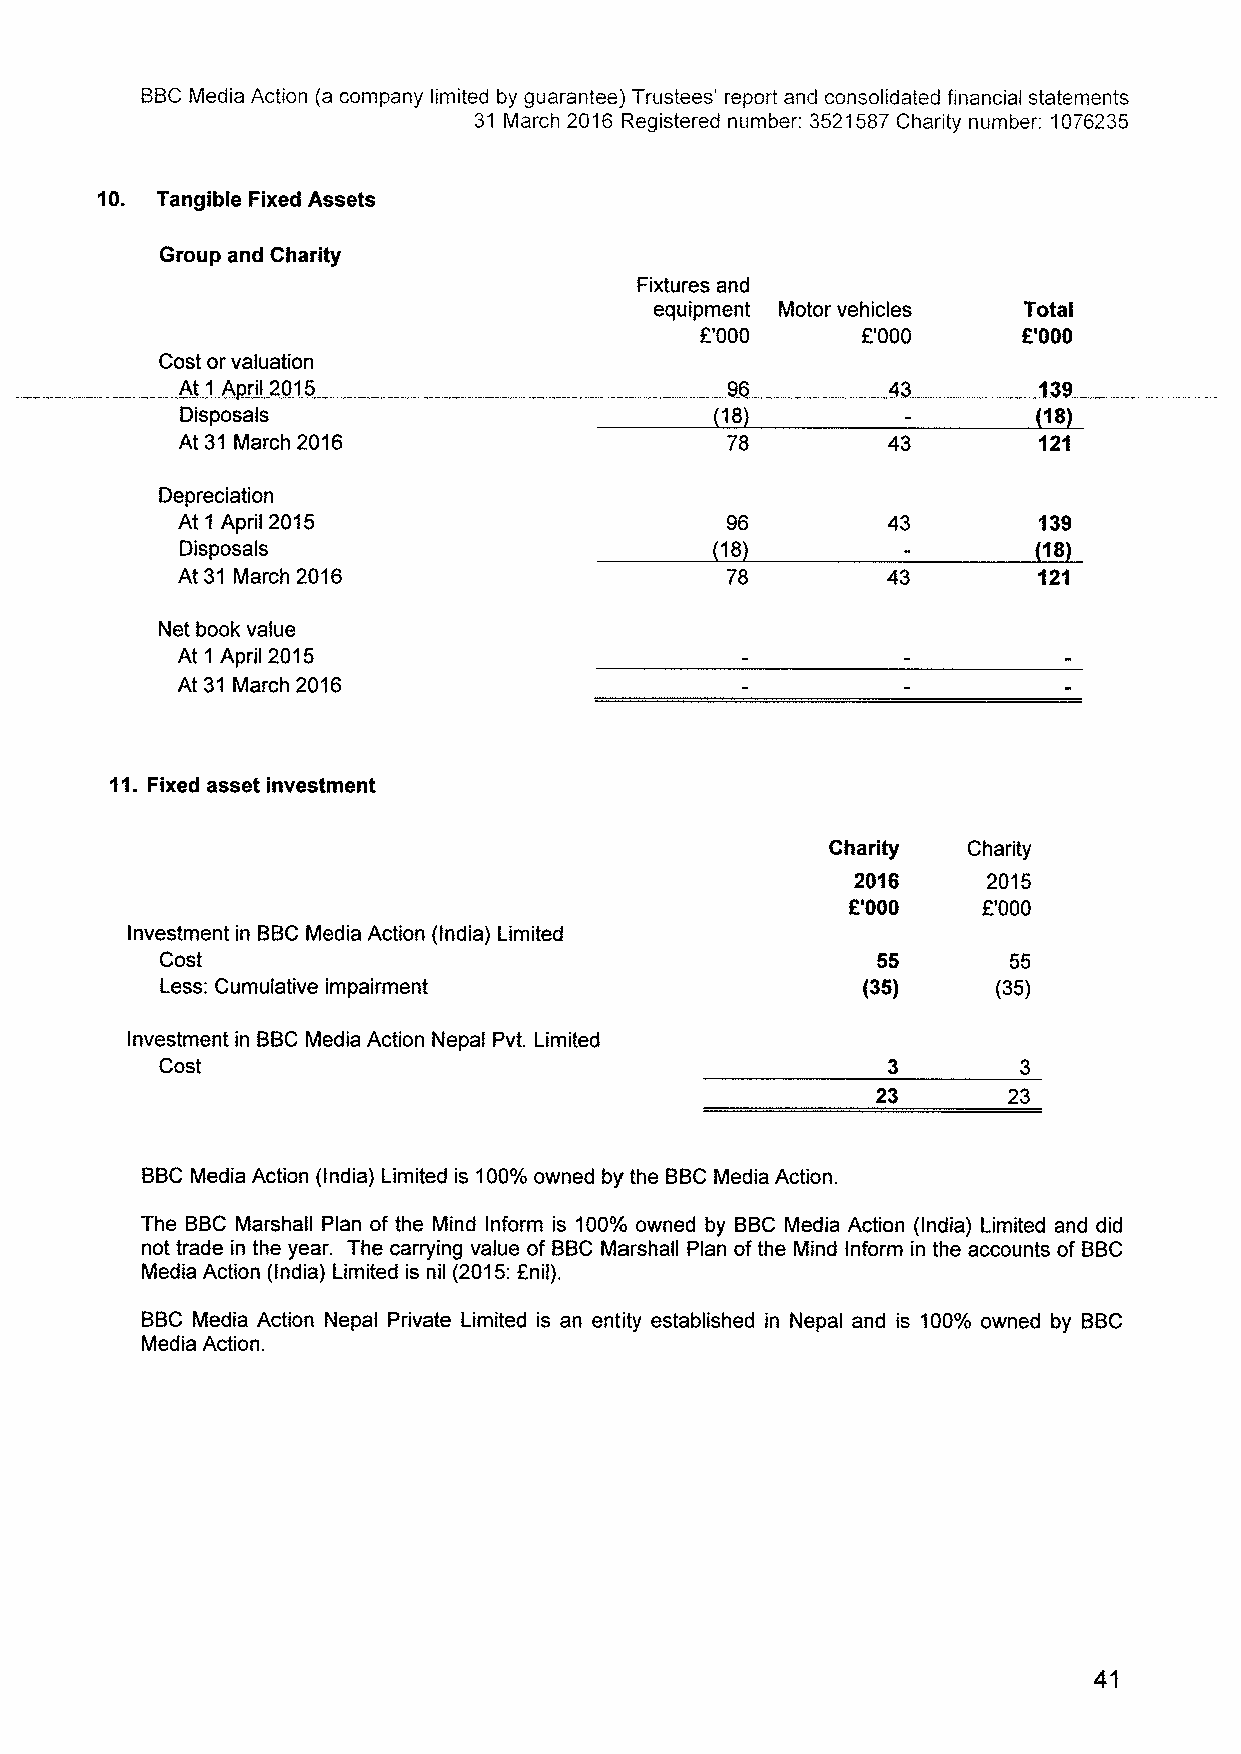
BBCMedia Action (a company limited by guarantee) Trustees' report and consolidated financial statements
 31 March 2016 Registered number: 3521587Charity number: 1076235
 10. Tangible Fixed Assets
 Group and Charity
 Fixtures and
 equipment Motor vehicles Total
 E'000      E'000      E'000
 Cost or valuation
 At1 A ril 2015                      95         43   ...  138
 Disposals                           18                   18
 At 31 March 2016                    78         43        121
 Depreciation
 At 1 April 2015                     96         43        139
 Disposals                           18                   18
 At 31 March 2016                    78         43        121
 Net book value
 At 1 April 2015
 At 31 March 2016
 11.Fixed asset investment
 Charity  Charity
 2016    2015
 R'000    E'000
 Investment in BBCMedia Action (India) Limited
 Cost                                           55       55
 Less: Cumulative impairment                   (35)     (35)
 Investment in BBCMedia Action Nepal Pvt. Limited
 Cost
 23       23
 BBCMedia Action (India) Limited is 100%owned by the BBCMedia Action.
 The BBC Marshall Plan of the Mind Inform is 100%owned by BBCMedia Action (India) Limited and did
 not trade in the year. The carrying value of BBCMarshall Plan ofthe Mind Inform in the accounts of BBC
 Media Action (India) Limited is nil (2015:anil).
 BBC Media Action Nepal Private Limited is an entity established in Nepal and is 100% owned by BBC
 Media Action.
 41